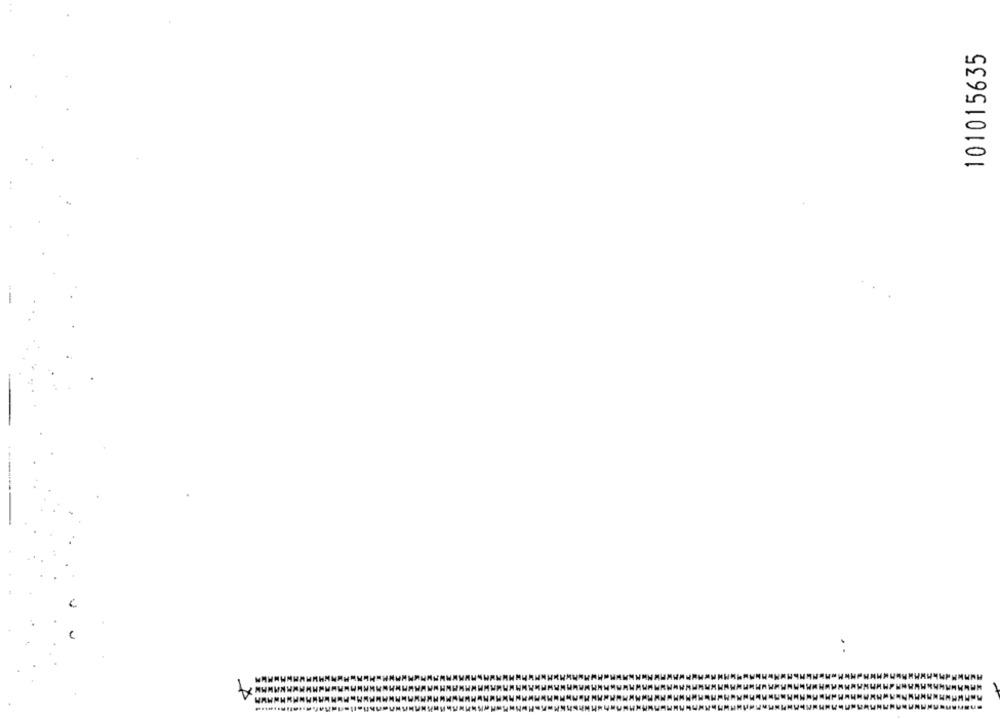
101015635
: